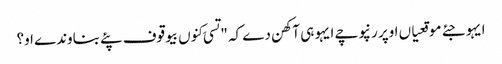
ایہو جئے موقعیاں اوپر رنپوچے ایہو ہی آکھن دے کہ "تسی کِنوں بیوقوف پئے بناوندے او؟